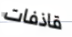
قاذفات